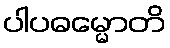
ပါပဓမ္မောတိ